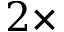
2 \times